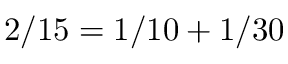
2 / 1 5 = 1 / 1 0 + 1 / 3 0